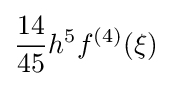
{\frac {14}{45}}h^{5}f^{(4)}(\xi )